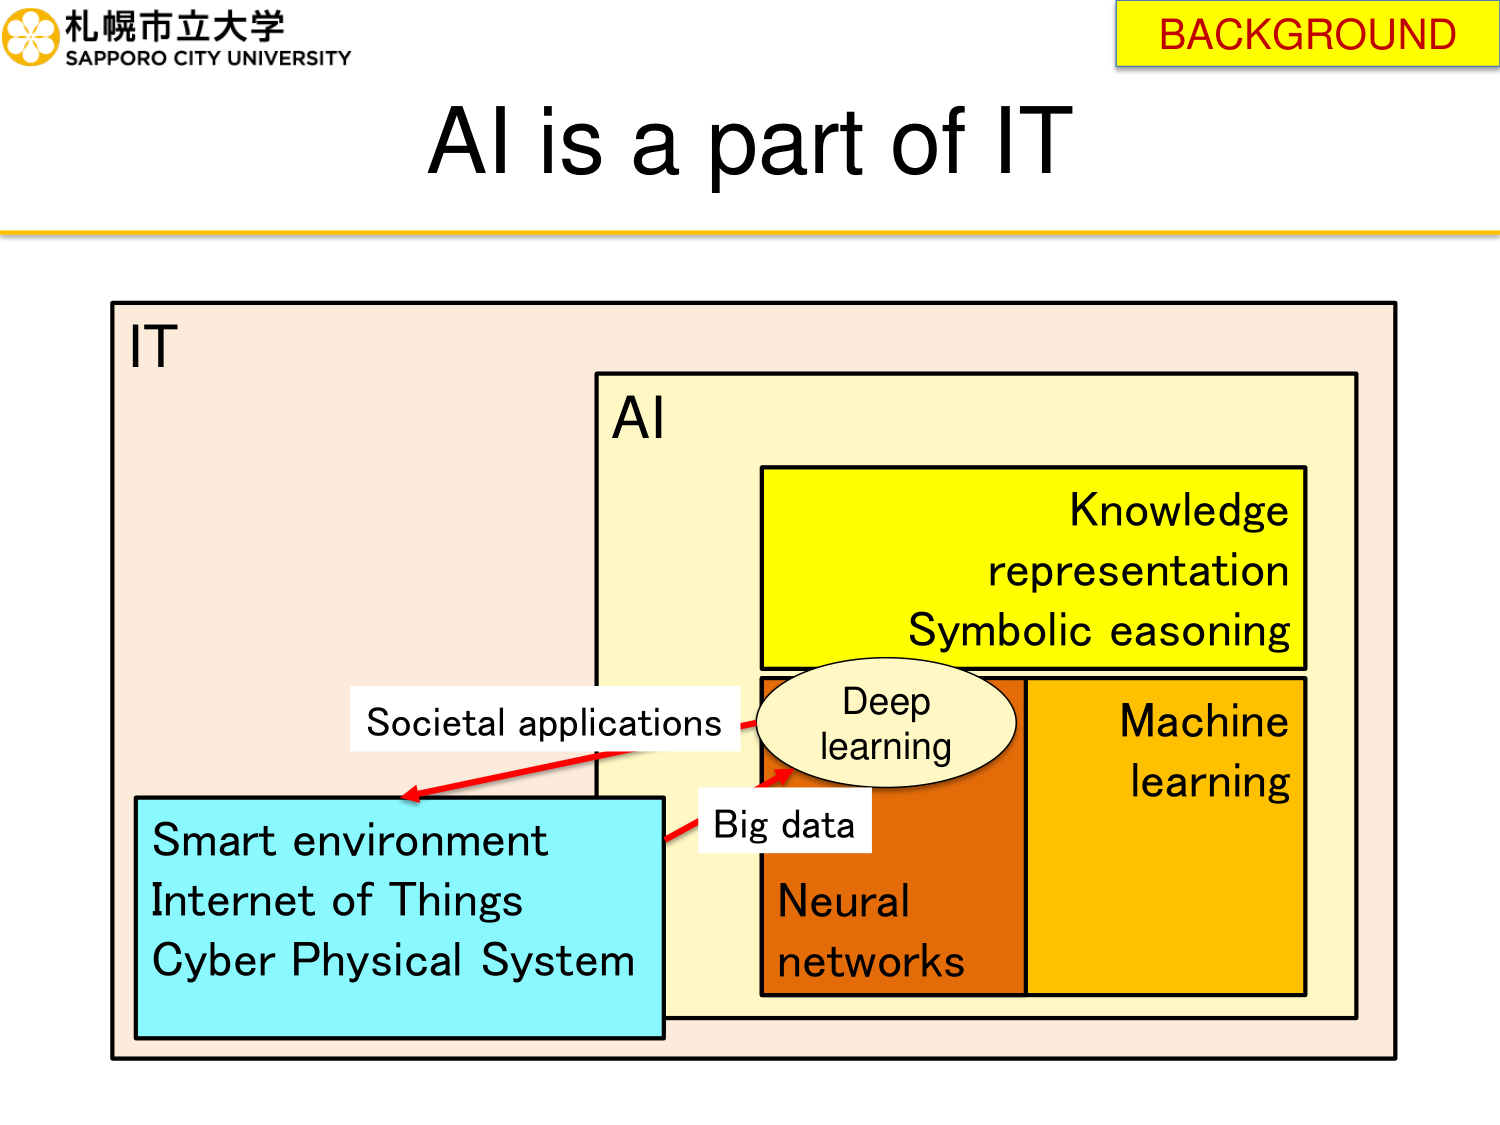
札幌市立大学
SAPPORO CITY UNIVERSITY
BACKGROUND
AI is a part of IT
IT
AI
Knowledge representation
Symbolic easoning
Deep learning
Machine learning
Neural networks
Big data
Societal applications
Smart environment
Internet of Things
Cyber Physical System